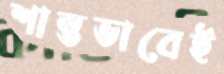
শান্তভাবেই